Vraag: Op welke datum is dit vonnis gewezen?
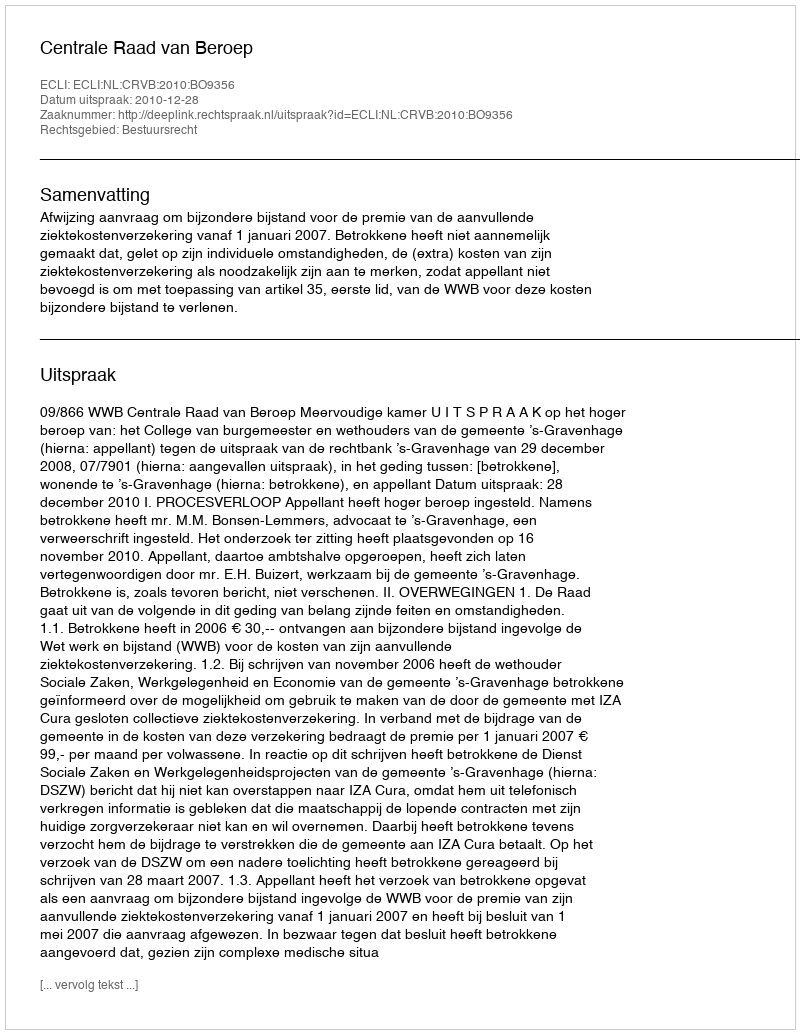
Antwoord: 2010-12-28